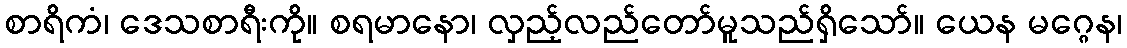
စာရိကံ၊ ဒေသစာရီးကို။ စရမာနော၊ လှည့်လည်တော်မူသည်ရှိသော်။ ယေန မဂ္ဂေန၊